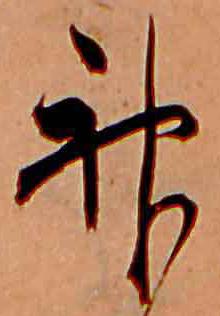
神